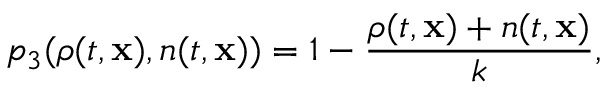
p _ { 3 } ( \rho ( t , \mathbf { x } ) , n ( t , \mathbf { x } ) ) = 1 - \frac { \rho ( t , \mathbf { x } ) + n ( t , \mathbf { x } ) } { k } ,